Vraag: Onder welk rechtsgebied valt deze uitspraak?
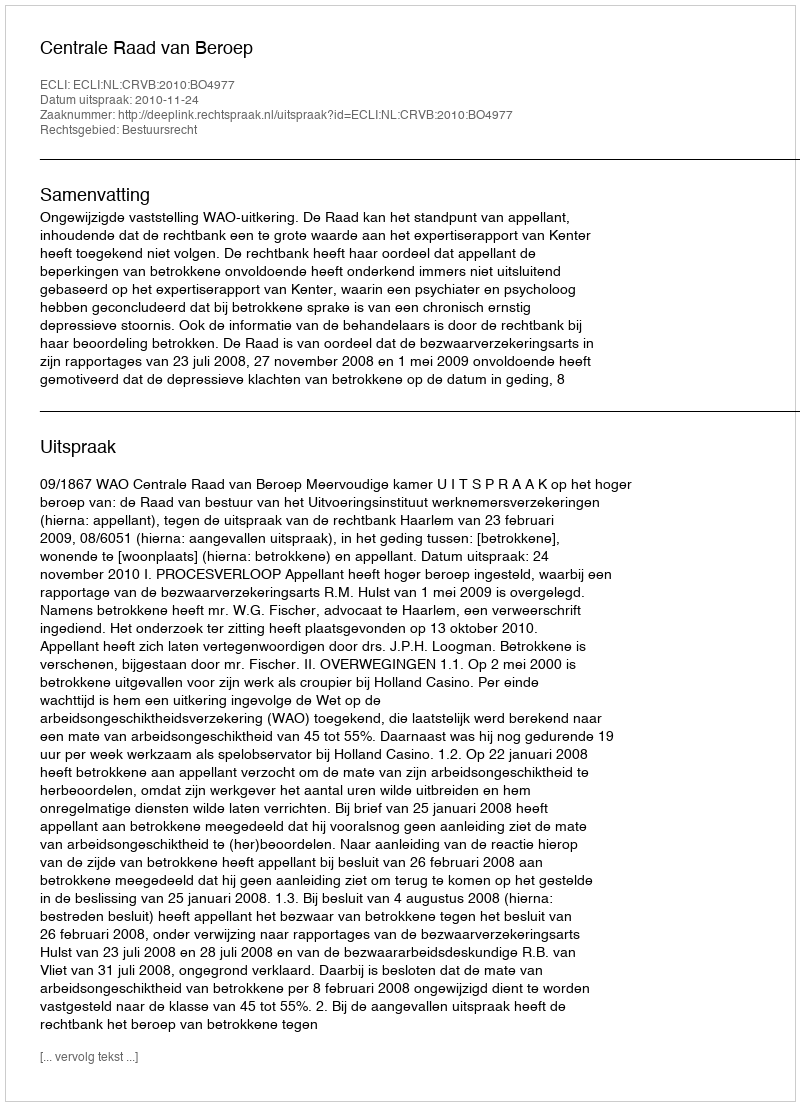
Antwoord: Bestuursrecht